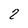
Character: 2